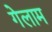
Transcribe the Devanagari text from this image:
गेलाम